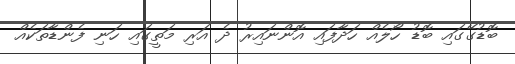
ބޮޑުގޭގައި ބޮޑު ހޯލެއް ހަދާފައި އޮންނައިރު ދެ އަރި މަތީގައި ހަނި ފެންޑާތަކެއް